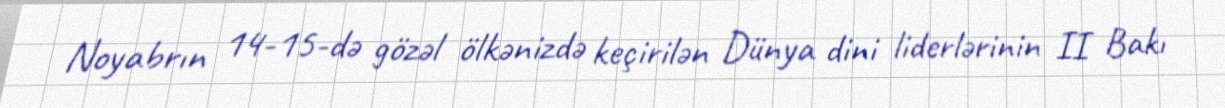
Noyabrın 14-15-də gözəl ölkənizdə keçirilən Dünya dini liderlərinin II Bakı